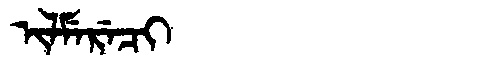
Manchu: ᡳᠯᠮᡝᡵᡝᠴᡳ
Romanization: ILMERECI